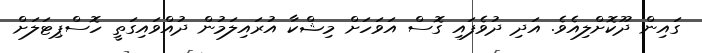
ގައިން ދޫކޮށްލިއެވެ. އަދި ދުވެފައި ގޮސް އަވަހަށް މިޝްކާ އުރައިލަމުން ދުއްވައިގަތީ ހޮސްޕިޓަލަށް